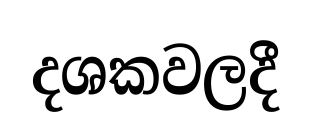
දශකවලදී